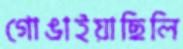
গোঙাইয়াছিলি